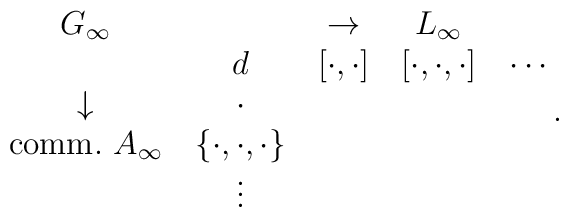
\matrix{G_\infty   &        & \rightarrow   & L_\infty   \cr           & d      & [\cdot,\cdot] & [\cdot,\cdot,\cdot] & \cdots \cr\downarrow & \cdot  \cr\mathrm{comm.}~A_\infty & \{\cdot,\cdot,\cdot\} \cr           & \vdots  }.